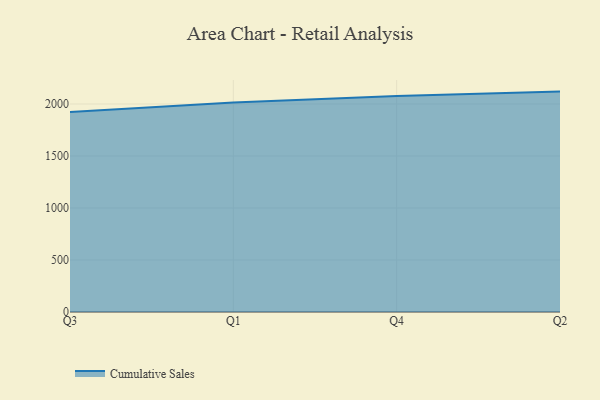
{"axis": {"x": "Quarter", "y": "Production Output"}, "legend": ["Cumulative Sales"], "data": [{"x": "Q3", "y": 1923.1, "type": "Cumulative Sales"}, {"x": "Q1", "y": 2013.4, "type": "Cumulative Sales"}, {"x": "Q4", "y": 2076.9, "type": "Cumulative Sales"}, {"x": "Q2", "y": 2119.1, "type": "Cumulative Sales"}]}